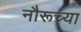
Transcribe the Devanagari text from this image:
नौरूच्या